Vaccination in Bombay 1874-1876 - 1874-1876
Year: 1874
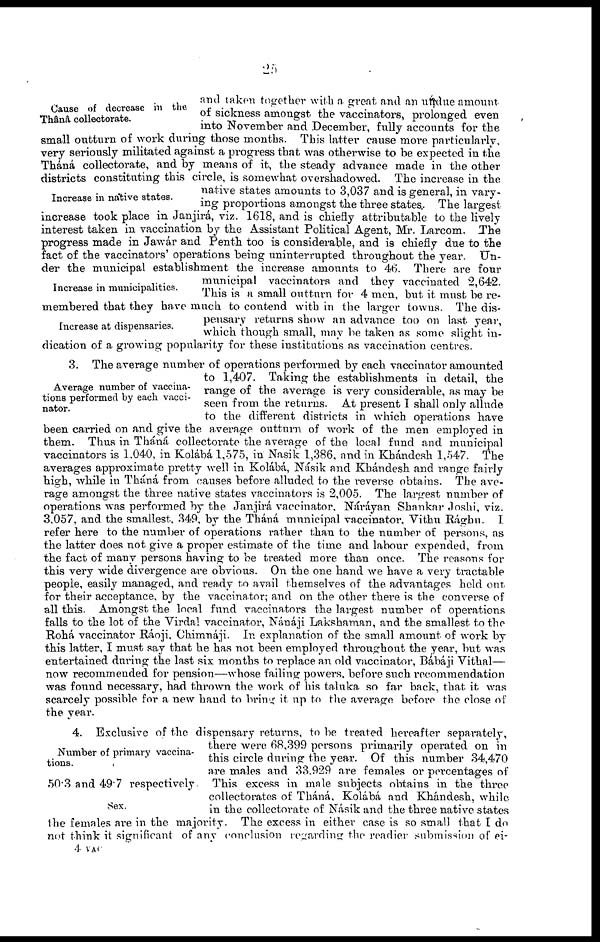
25
Cause of decrease in the
Thânâ collectorate.
Increase in native states.
Increase in municipalities.
Increase at dispensaries.
and taken together with a great and an undue amount
of sickness amongst the vaccinators, prolonged even
into November and December, fully accounts for the
small outturn of work during those months. This latter cause more particularly,
very seriously militated against a progress that was otherwise to be expected in the
Tháná collectorate, and by means of it, the steady advance made in the other
districts constituting this circle, is somewhat overshadowed. The increase in the
native states amounts to 3,037 and is general, in vary-
ing proportions amongst the three states.. The largest
increase took place in Janjirá, viz. 1618, and is chiefly attributable to the lively
interest taken in vaccination by the Assistant Political Agent, Mr. Larcom. The
progress made in Jawár and Penth too is considerable, and is chiefly due to the
fact of the vaccinators' operations being uninterrupted throughout the year. Un-
der the municipal establishment the increase amounts to 46. There are four
municipal vaccinators and they vaccinated 2,642.
This is a small outturn for 4 men, but it must be re-
membered that they have much to contend with in the larger towns. The dis-
pensary returns show an advance too on last year,
which though small, may be taken as some slight in-
dication of a growing popularity for these institutions as vaccination centres.
Average number of vaccina-
tions performed by each vacci¬
nator.
3. The average number of operations performed by each vaccinator amounted
to 1,407. Taking the establishments in detail, the
range of the average is very considerable, as may be
seen from the returns. At present I shall only allude
to the different districts in which operations have
been carried on and give the average outturn of work of the men employed in
them. Thus in Tháná collectorate the average of the local fund and municipal
vaccinators is 1,040, in Kolábá 1,575, in Nasik 1,386, and in Khándesh 1,547. The
averages approximate pretty well in Kolábá, Násik and Khándesh and range fairly
high, while in Tháná from causes before alluded to the reverse obtains. The ave-
rage amongst the three native states vaccinators is 2,005. The largest number of
operations was performed by the Janjirá vaccinator, Náráyan Shankar Joshi, viz.
3,057, and the smallest, 349, by the Tháná municipal vaccinator. Vithu Rághu. I
refer here to the number of operations rather than to the number of persons, as
the latter does not give a proper estimate of the time and labour expended, from
the fact of many persons having to be treated more than once. The reasons for
this very wide divergence are obvious. On the one hand we have a very tractable
people, easily managed, and ready to avail themselves of the advantages held out
for their acceptance, by the vaccinator; and on the other there is the converse of
all this. Amongst the local fund vaccinators the largest number of operations
falls to the lot of the Virdal vaccinator, Nánáji Lakshaman, and the smallest to the
Rohá vaccinator Ráoji, Chimnáji. In explanation of the small amount of work by
this latter, I must say that he has not been employed throughout the year, but was
entertained during the last six months to replace an old vaccinator, Bábáji Vithal—
now recommended for pension—whose failing powers, before such recommendation
was found necessary, had thrown the work of his taluka so far back, that it was
scarcely possible for a new hand to bring it up to the average before the close of
the year.
Number of primary vaccina-
tions.
Sex.
4. Exclusive of the dispensary returns, to be treated hereafter separately,
there were 68,399 persons primarily operated on in
this circle during the year. Of this number 34,470
are males and 33,929 are females or percentages of
50.3 and 49.7 respectively. This excess in male subjects obtains in the three
collect-orates of Tháná, Kolábá and Khándesh, while
in the collectorate of Násik and the three native states
the females are in the majority. The excess in either case is so small that I do
not think it significant of any conclusion regarding the readier submission of ei-
4 VAC